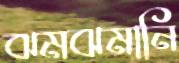
ঝমঝমানি